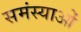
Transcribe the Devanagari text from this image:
समंस्याओं